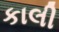
કાલી